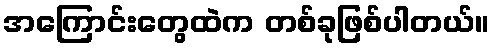
အကြောင်းတွေထဲက တစ်ခုဖြစ်ပါတယ်။